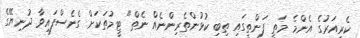
ކެރިއަރުގެ އެންމެ މަތީ ފަންތީގައި ތިބި ކުޅުންތެރިންނެއް ނެތް" ޓީމުތަކަށް ގެނެސްފައިވާ ދުނިޔޭގެ